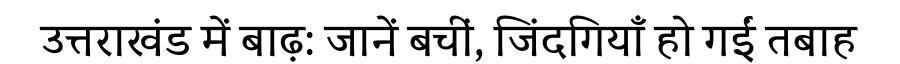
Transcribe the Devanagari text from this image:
उत्तराखंड में बाढ़: जानें बचीं, जिंदगियाँ हो गईं तबाह